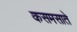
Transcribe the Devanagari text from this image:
कसमसाते